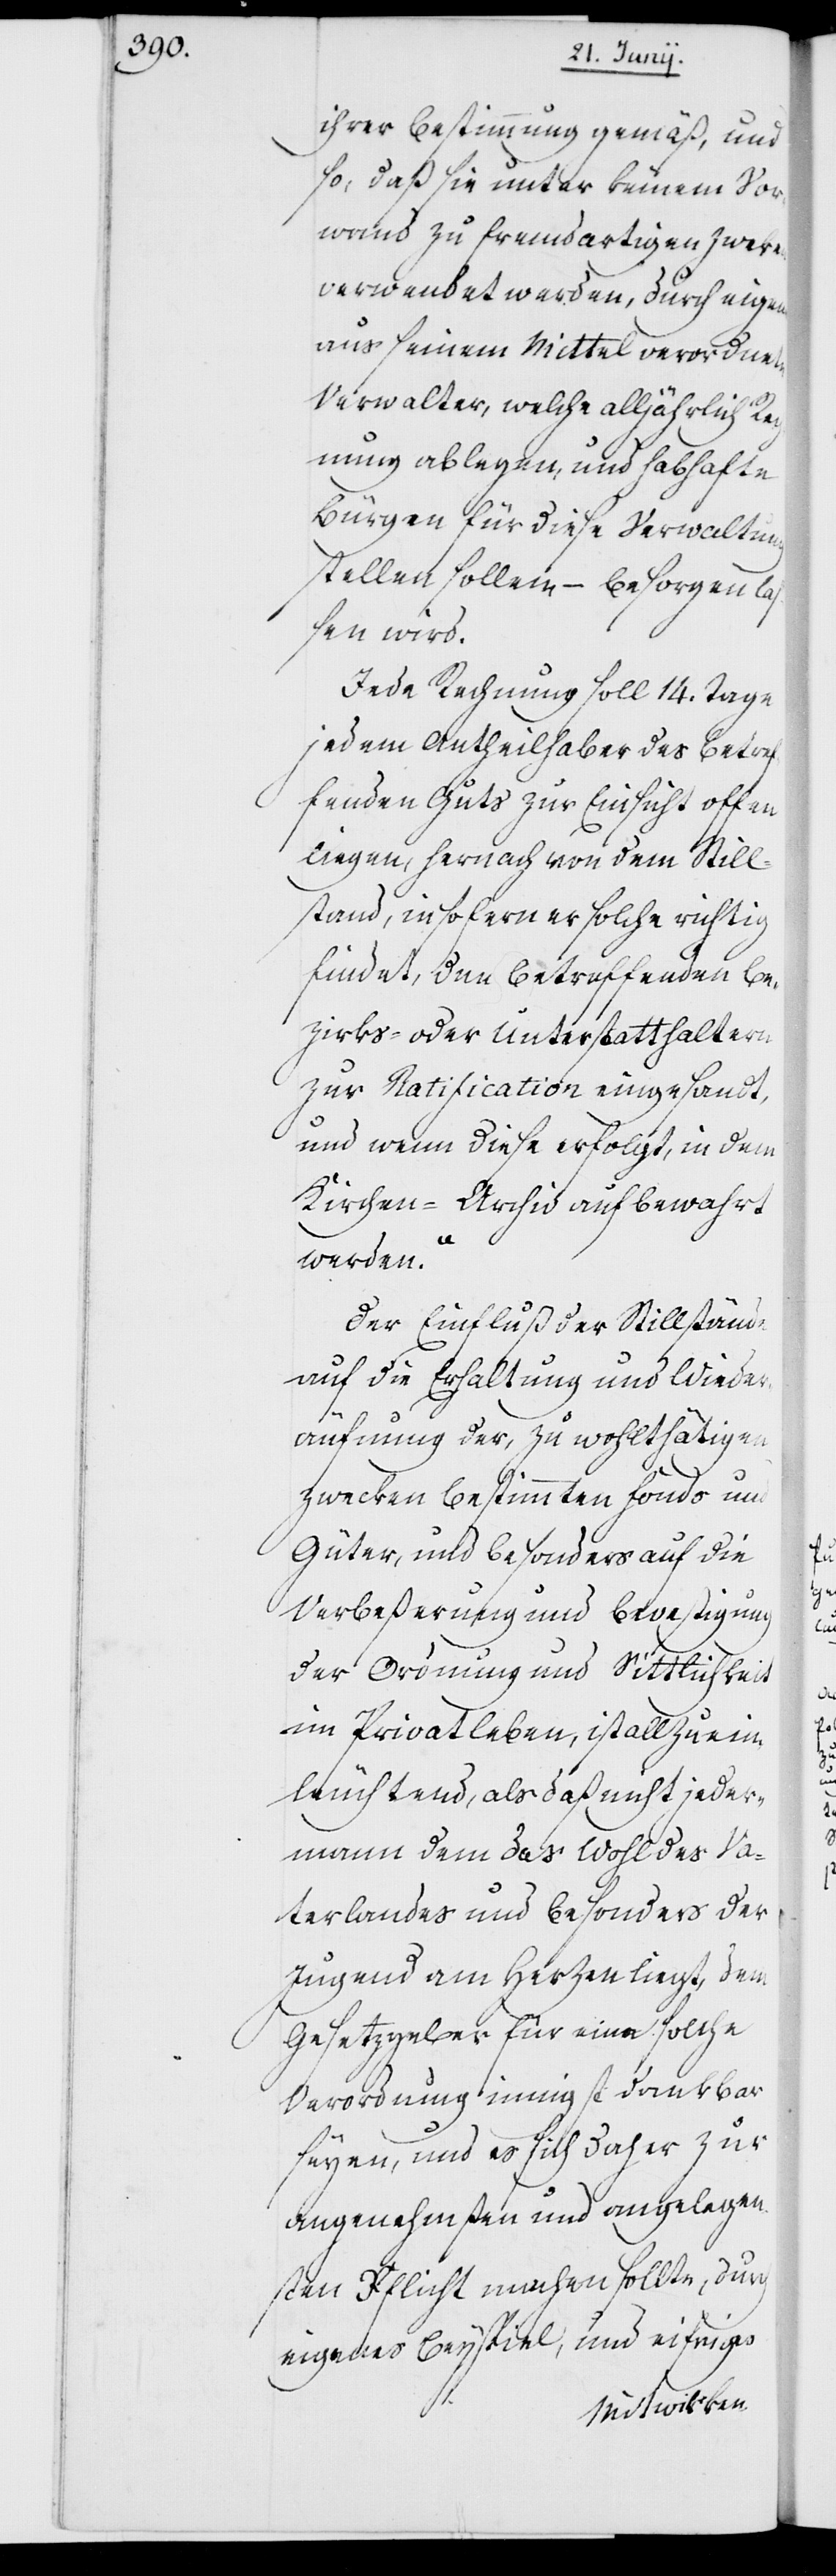
ihrer Bestimmung gemäß, und
so, daß sie unter keinem Vor¬
wand zu fremdartigen Zweken
verwendet werden, durch eigene
aus seinem Mittel verordnete
Verwalter, welche alljährlich Rec¬
hnung ablegen, und habhafte
Bürgen für diese Verwaltung
stellen sollen – besorgen la¬
ßen wird.
Jede Rechnung soll 14. Tage
jedem Anteilhaber des betref¬
fenden Guts zur Einsicht offen
liegen, hernach von dem Still¬
stand, insofern er solche richtig
findet, den betreffenden Be¬
zirks- oder Unterstatthaltern
zur Ratification eingesandt,
und wenn diese erfolgt, in dem
Kirchenarchiv aufbewahr¬
t
werden."
Der Einfluß der Stillstände
auf die Erhaltung und Wieder¬
äufnung der, zu wohlthätigen
Zwecken bestimmten Fonds und
Güter, und besonders auf die
Verbeßerung und Bevestigung
der Ordnung und Sittlichkeit
im Privatleben, ist allzu ein¬
leuchtend, als daß nicht jeder¬
mann dem das Wohl des Va¬
terlandes und besonders der
Jugend am Herzen liegt, dem
Gesetzgeber für eine solche
Verordnung innigst dankbar
[sic!], und es sich daher zur
angenehmsten und angelegen¬
sten Pflicht machen sollte, durch
eigenes Beyspiel, und eifriges